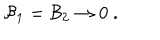
{ \cal B } _ { 1 } = { \cal B } _ { 2 } \rightarrow 0 \ .